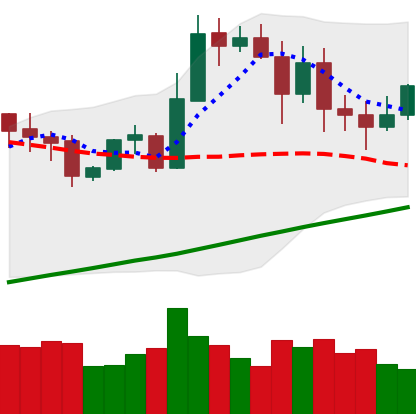
Ticker: ETH-USD
Chart end date: 2020-11-01
Forward return: 14.724%
Label: up_7plus